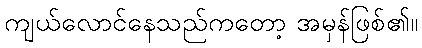
ကျယ်လောင်နေသည်ကတော့ အမှန်ဖြစ်၏။